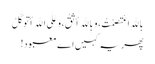
بِاللهِ اعْتَصَمْتُ، وَبِاللهِ أَثِقُ، وَعَلَی اللهِ أَتَوَکَّلُ
پھر یہ کہیں اے معبود!